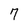
Character: 7